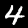
Digit: 4